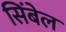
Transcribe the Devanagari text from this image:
सिंबेल